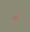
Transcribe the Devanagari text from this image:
ब्रन